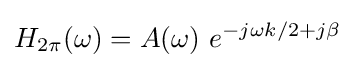
H_{2\pi }(\omega )=A(\omega )\ e^{-j\omega k/2+j\beta }